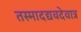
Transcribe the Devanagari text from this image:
तस्मादद्यवदेवात्र